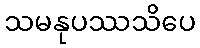
သမနုပဿသိပေ